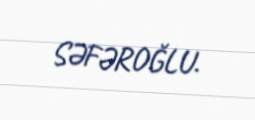
SƏFƏROĞLU.